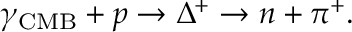
\gamma _ { \mathrm { C M B } } + p \to \Delta ^ { + } \to n + \pi ^ { + } .